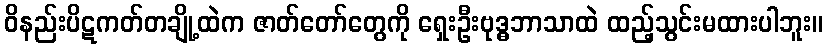
ဝိနည်းပိဋကတ်တချို့ထဲက ဇာတ်တော်တွေကို ရှေးဦးဗုဒ္ဓဘာသာထဲ ထည့်သွင်းမထားပါဘူး။